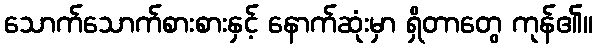
သောက်သောက်စားစားနှင့် နောက်ဆုံးမှာ ရှိတာတွေ ကုန်၏။